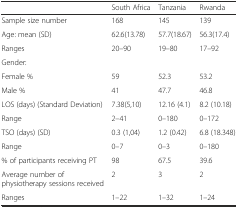
<table><thead><tr><td></td><td><b>South Africa</b></td><td><b>Tanzania</b></td><td><b>Rwanda</b></td></tr></thead><tbody><tr><td>Sample size number</td><td>168</td><td>145</td><td>139</td></tr><tr><td>Age: mean (SD)</td><td>62.6(13.78)</td><td>57.7(18.67)</td><td>56.3(17.4)</td></tr><tr><td>Ranges</td><td>20–90</td><td>19–80</td><td>17–92</td></tr><tr><td>Gender:</td><td></td><td></td><td></td></tr><tr><td>Female %</td><td>59</td><td>52.3</td><td>53.2</td></tr><tr><td>Male %</td><td>41</td><td>47.7</td><td>46.8</td></tr><tr><td>LOS (days) (Standard Deviation)</td><td>7.38(5,10)</td><td>12.16 (4.1)</td><td>8.2 (10.18)</td></tr><tr><td>Range</td><td>2–41</td><td>0–180</td><td>0–172</td></tr><tr><td>TSO (days) (SD)</td><td>0.3 (1,04)</td><td>1.2 (0.42)</td><td>6.8 (18.348)</td></tr><tr><td>Range</td><td>0–7</td><td>0–3</td><td>0–180</td></tr><tr><td>% of participants receiving PT</td><td>98</td><td>67.5</td><td>39.6</td></tr><tr><td>Average number of physiotherapy sessions received</td><td>2</td><td>3</td><td>2</td></tr><tr><td>Ranges</td><td>1–22</td><td>1–32</td><td>1–24</td></tr></tbody></table>